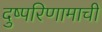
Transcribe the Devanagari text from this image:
दुष्परिणामाची